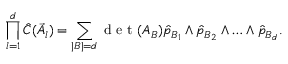
\prod _ { l = 1 } ^ { d } \hat { C } ( \vec { A } _ { l } ) = \sum _ { | B | = d } \textrm { d e t } ( A _ { B } ) \hat { p } _ { B _ { 1 } } \wedge \hat { p } _ { B _ { 2 } } \wedge \ldots \wedge \hat { p } _ { B _ { d } } .